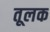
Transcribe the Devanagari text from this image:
तूलक